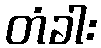
တံခါး